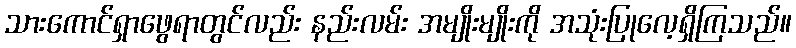
သားကောင်ရှာဖွေရာတွင်လည်း နည်းလမ်း အမျိုးမျိုးကို အသုံးပြုလေ့ရှိကြသည်။